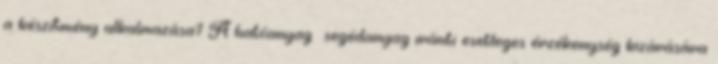
a készítmény alkalmazása? A hatóanyag segédanyag iránti esetleges érzékenység kizárására